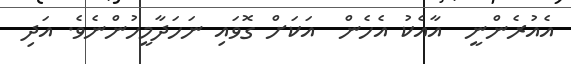
އެއުރެންނީ  އާއެކު އެހެން  އަކަށް ގޮވައި ނަހަދާމީހުންނެވެ. އަދި